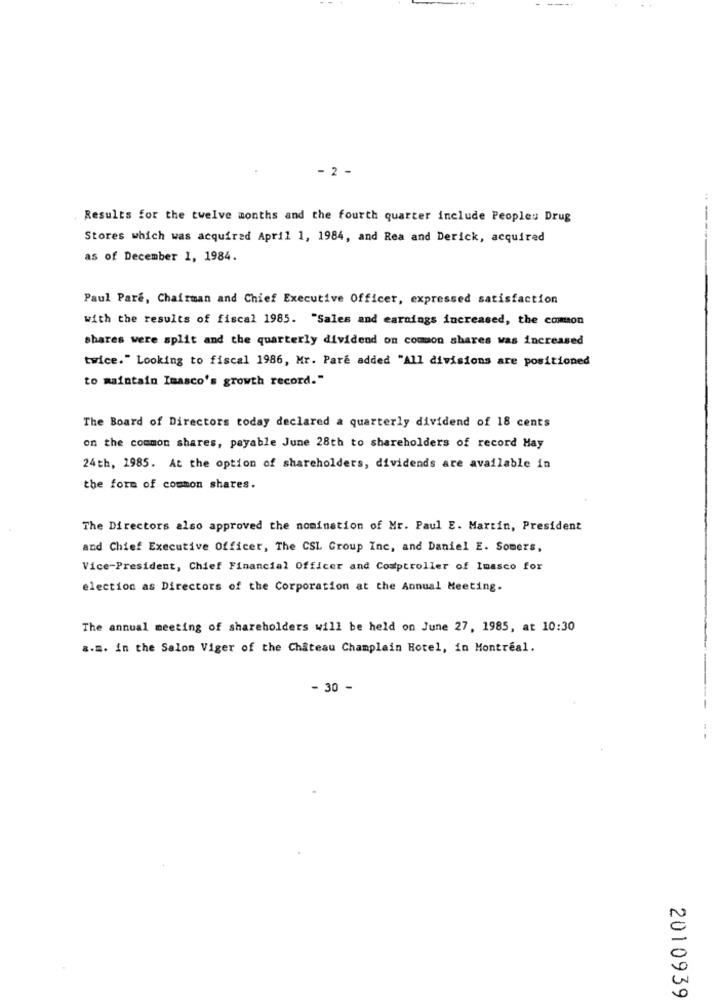
- 2 -
Results for the twelve months and the fourth quarter include Peopleu Drug
--
Stores which was acquired April 1, 1984, and Rea and Derick, acquired
as of December 1, 1984.
Paul Paré, Chairman and Chief Executive Officer, expressed satisfaction
with the results of fiscal 1985. "Sales and earnings increased, the comon
shares were split and the quarterly dividend on common shares was increased
twice." Looking to fiscal 1986, Mr. Pare added "All divisions are positioned
to maintain Imasco's growth record."
The Board of Directors today declared a quarterly dividend of 18 cents
on the common shares, payable June 28th to shareholders of record Hay
24th, 1985. At the option of shareholders, dividends are available in
the form of common shares.
The Directors also approved the nomination of Mr. Paul E. Martin, President
and Chief Executive Officer, The CSL Group Inc, and Daniel E. Somers,
Vice-President, Chief Financial Officer and Comptroller of Imasco for
election as Directors of the Corporation at the Annual Meeting.
The annual meeting of shareholders will be held on June 27, 1985, at 10:30
a.m. in the Salon Viger of the Château Champlain Hotel, in Montreal.
- 30 -
2010939